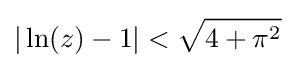
|\ln(z)-1|<{\sqrt {4+\pi ^{2}}}